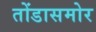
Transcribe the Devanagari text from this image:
तोंडासमोर